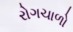
રોગચાળો